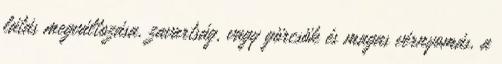
látás megváltozása, zavartság, vagy görcsök és magas vérnyomás, a